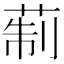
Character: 𦲟